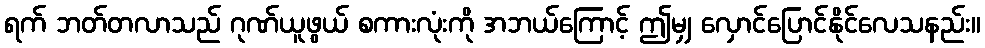
ရက် ဘတ်တလာသည် ဂုဏ်ယူဖွယ် စကားလုံးကို အဘယ်ကြောင့် ဤမျှ လှောင်ပြောင်နိုင်လေသနည်း။